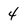
Character: 4